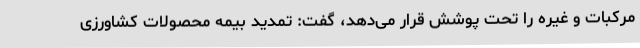
مرکبات و غیره را تحت پوشش قرار می‌دهد، گفت: تمدید بیمه محصولات کشاورزی